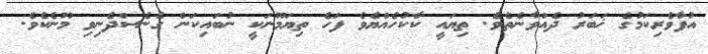
އުފާވެރިކަމުގެ ޚަބަރު ދެއްވާނެތެވެ. ތިޔައީ ކާކުހެއްޔެވެ ފަހެ ތިޔަމޫނަކީ ނުބައިކަން ގެނެސްދެނިވި މޫނެކެވެ.